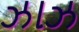
ઝાઝ